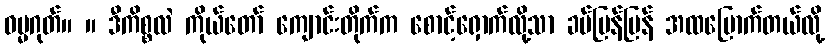
ဓမ္မဂုတ်။ ။ ဒီကိစ္စလဲ ကိုယ်တော် ကျောင်းတိုက်က စောင့်ရှောက်လို့သာ ခပ်မြန်မြန် အထမြောက်တယ်လို့